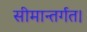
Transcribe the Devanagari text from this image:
सीमान्तर्गत।